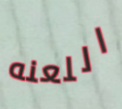
اللعنه